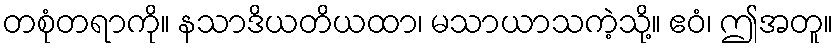
တစုံတရာကို။ နသာဒိယတိယထာ၊ မသာယာသကဲ့သို့။ ဧဝံ၊ ဤအတူ။